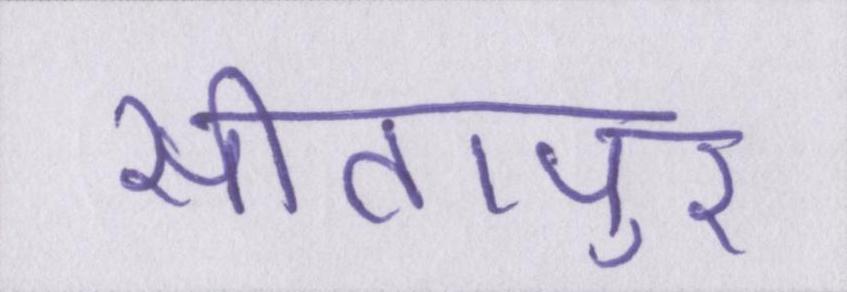
सीतापुर